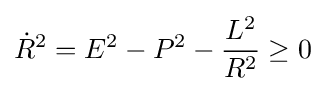
{\dot {R}}^{2}=E^{2}-P^{2}-{\frac {L^{2}}{R^{2}}}\geq 0